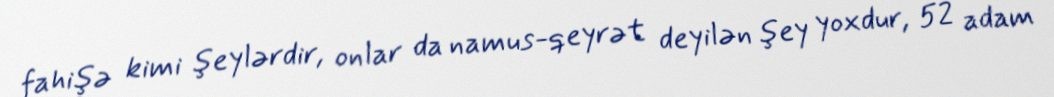
fahişə kimi şeylərdir, onlar da namus-qeyrət deyilən şey yoxdur, 52 adam